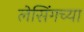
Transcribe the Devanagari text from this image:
लेसिंगच्या